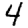
Digit: 4